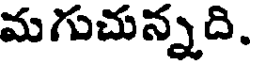
మగుచున్నది.